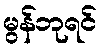
မွန်ဘုရင်